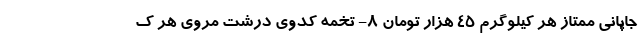
جاپانی ممتاز هر کیلوگرم 45 هزار تومان 8- تخمه کدوی درشت مروی هر ک